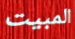
المبيت